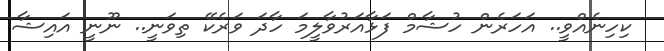
ކިހިނެއްވީ.. އަހަރެން ހުޝާމް ފަޅާއަރުވާލީމަ ހާދަ ވަރެކޭ ތިވަނީ.. ނޫނީ އައިޝާ